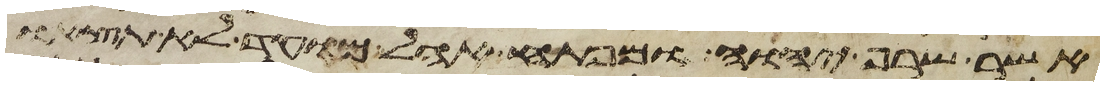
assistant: אשר שרף יהוה ומפתח אהל מועד לא תצאו